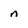
Character: n